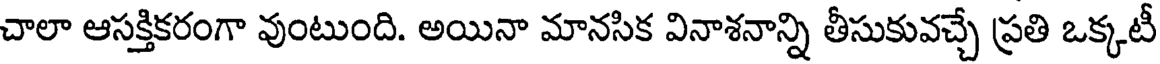
చాలా ఆసక్తికరంగా వుంటుంది. అయినా మానసిక వినాశనాన్ని తీసుకువచ్చే ప్రతి ఒక్కటీ